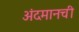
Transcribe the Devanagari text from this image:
अंदमानची